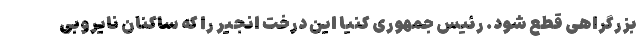
بزرگراهی قطع شود. رئیس جمهوری کنیا این درخت انجیر را که ساکنان نایروبی